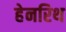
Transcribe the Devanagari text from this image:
हेनरिथ